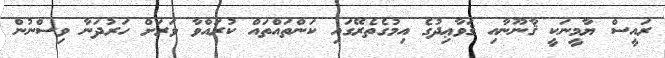
ރައީސް ޔާމީނަކީ ޤާނޫނާއި ޤަވާޢިދުގެ އިމުގެތެރޭގައި ކަންތައްތައް ކުރައްވާ ވަރަށް ހަރުދަނާ ވިސްނުން